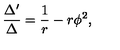
\frac { \Delta ^ { \prime } } { \Delta } = \frac { 1 } { r } - r \phi ^ { 2 } ,